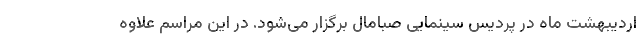
اردیبهشت ماه در پردیس سینمایی صبامال برگزار می‌شود. در این مراسم علاوه